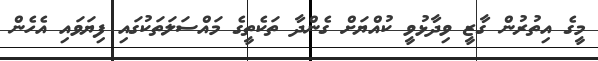
މީގެ އިތުރުން ގާޒީ ވިދާޅުވީ ކުއްޔަށް ގެންދާ ތަކެތީގެ މައްސަލަތަކުގައި ފިޔަވައި އެހެން